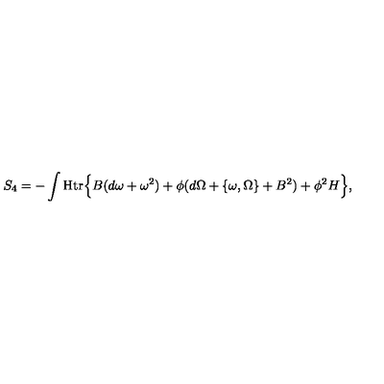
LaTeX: S _ { 4 } = - \int { \mathrm { H t r } } \Bigl \{ B ( d \omega + \omega ^ { 2 } ) + \phi ( d \Omega + \{ \omega , \Omega \} + B ^ { 2 } ) + \phi ^ { 2 } H \Bigr \} ,